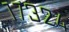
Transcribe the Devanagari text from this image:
१७३२४